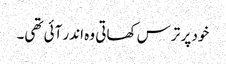
خود پر ترس کھاتی وہ اندر آئی تھی۔